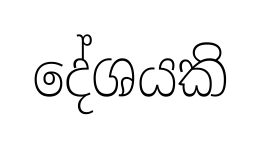
දේශයකි